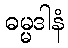
ဓမ္မဒါနံ